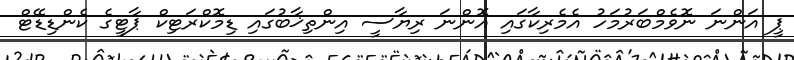
ޕީ އަންނަ ނޮވެމްބަރުމަހު އެމެރިކާގައި އޮންނަ ރިޔާސީ އިންތިޚާބުގައި ޑިމޮކްރަޓިކް ޕާޓީގެ ކެންޑިޑޭޓް